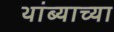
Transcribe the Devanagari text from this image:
थांब्याच्या